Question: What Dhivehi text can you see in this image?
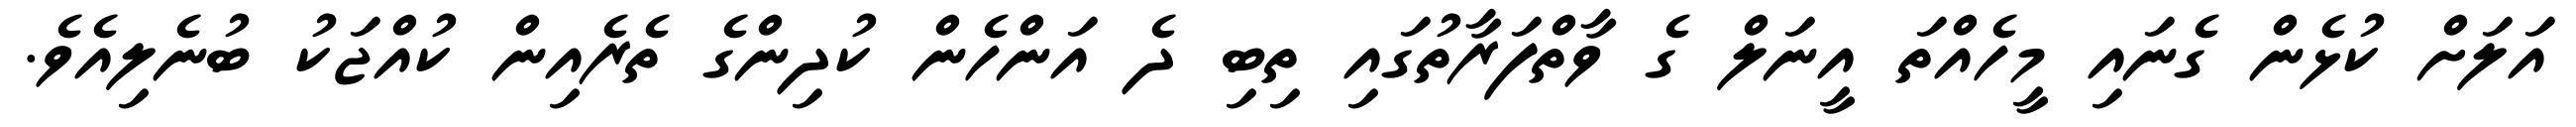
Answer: އަލަށް ކުޅެން ގެނައި މީހެއްތަ އީނަލް ގެ ވާތްފަރާތުގައި ތިބި ދެ އަންހެން ކުދިންގެ ތެރެއިން ކުއްޖަކު ބުނެލިއެވެ.